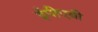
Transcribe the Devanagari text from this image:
ईपीएबी